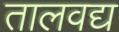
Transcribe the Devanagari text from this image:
तालवद्य